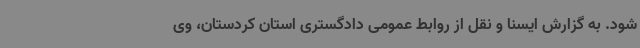
شود. به گزارش ایسنا و نقل از روابط عمومی دادگستری استان کردستان، وی